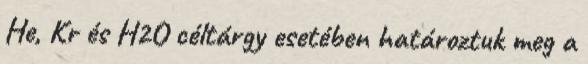
He, Kr és H2O céltárgy esetében határoztuk meg a